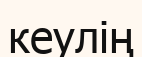
кеулің